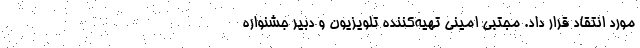
مورد انتقاد قرار داد. مجتبی امینی تهیه‌کننده تلویزیون و دبیر جشنواره